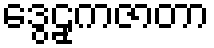
ဒွေဠှကဇာတာ